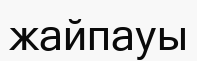
жайпауы